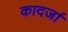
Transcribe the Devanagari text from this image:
कादर्जा